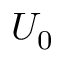
U _ { 0 }